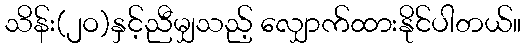
သိန်း(၂ဝ)နှင့်ညီမျှသည့် လျှောက်ထားနိုင်ပါတယ်။